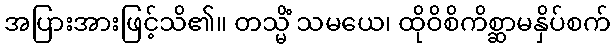
အပြားအားဖြင့်သိ၏။ တသ္မိံ သမယေ၊ ထိုဝိစိကိစ္ဆာမနှိပ်စက်